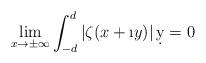
LaTeX: \begin{align*}\lim_{x \to \pm \infty} \int_{-d}^{d} |\zeta(x+\i y)|\, \d y = 0\end{align*}